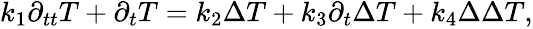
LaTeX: \begin{array}{r}{k_{1}\partial_{tt}T+\partial_{t}T=k_{2}\Delta T+k_{3}\partial_{t}\Delta T+k_{4}\Delta\Delta T,}\end{array}